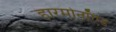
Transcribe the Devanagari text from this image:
हारमोनॉएड